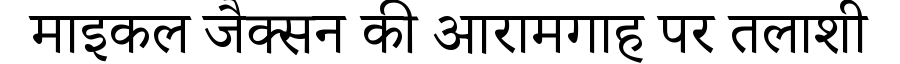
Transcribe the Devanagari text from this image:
माइकल जैक्सन की आरामगाह पर तलाशी